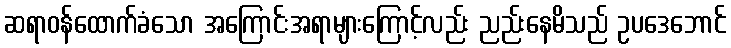
ဆရာဝန်ထောက်ခံသော အကြောင်းအရာများကြောင့်လည်း ညည်းနေမိသည် ဥပဒေဘောင်